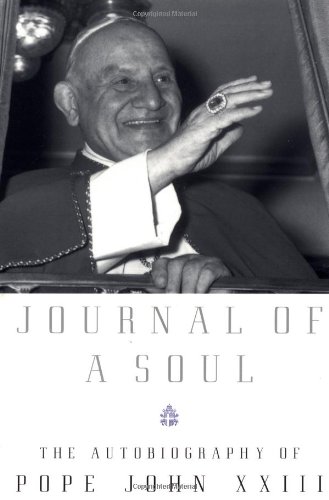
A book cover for Journal of a Soul: The Autobiography of Pope John XXIII; Pope John XXIII; Christian Books & Bibles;